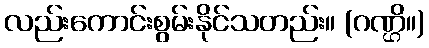
လည်းကောင်းစွမ်းနိုင်သတည်း။ (ဂဏ္ဌိ။)